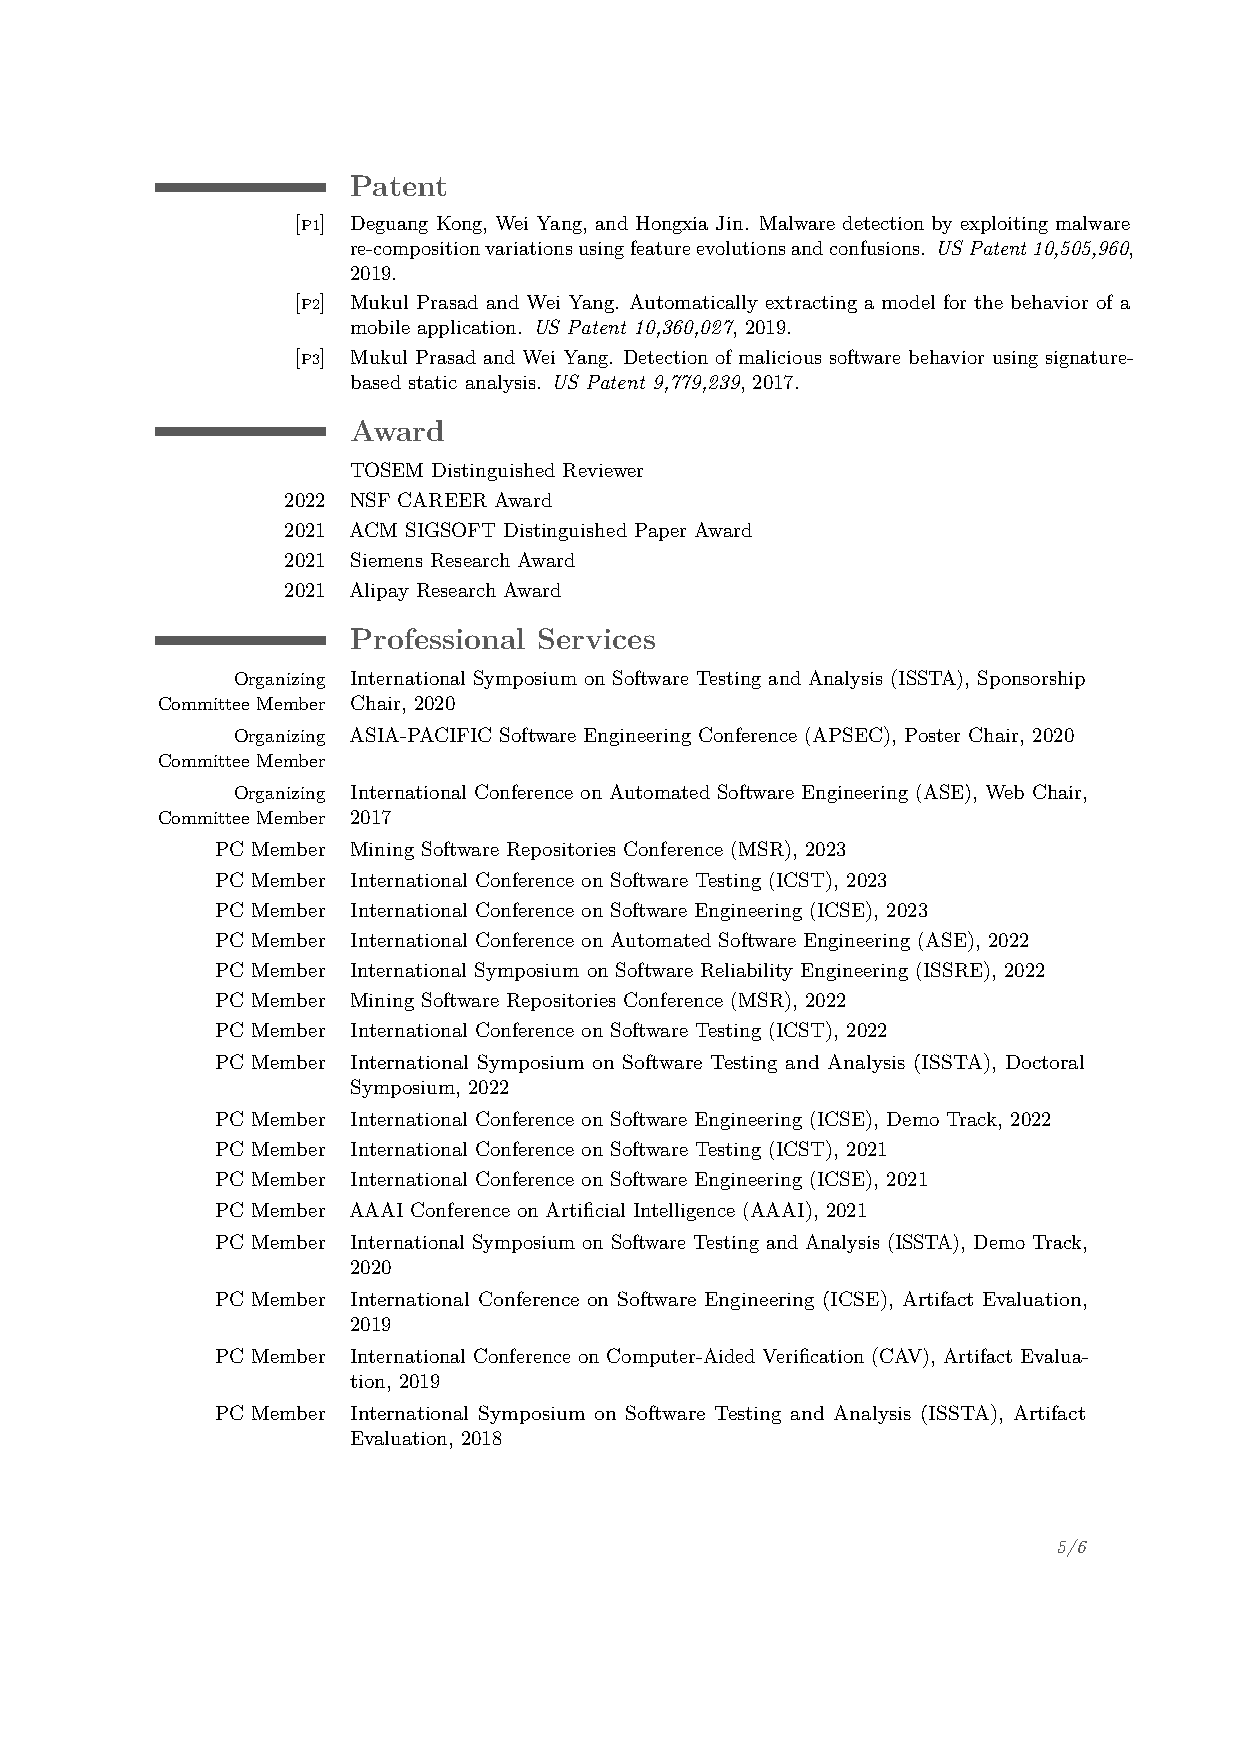
Patent
 [P1] Deguang Kong, Wei Yang, and Hongxia Jin. Malware detection by exploiting malware
 re-compositionvariationsusingfeatureevolutionsandconfusions. USPatent10,505,960,
 2019.
 [P2] Mukul Prasad and Wei Yang. Automatically extracting a model for the behavior of a
 mobile application. US Patent 10,360,027, 2019.
 [P3] Mukul Prasad and Wei Yang. Detection of malicious software behavior using signature-
 based static analysis. US Patent 9,779,239, 2017.
 Award
 TOSEM Distinguished Reviewer
 2022 NSF CAREER Award
 2021 ACM SIGSOFT Distinguished Paper Award
 2021 Siemens Research Award
 2021 Alipay Research Award
 Professional Services
 Organizing International Symposium on Software Testing and Analysis (ISSTA), Sponsorship
 Committee Member Chair, 2020
 Organizing ASIA-PACIFIC Software Engineering Conference (APSEC), Poster Chair, 2020
 Committee Member
 Organizing International Conference on Automated Software Engineering (ASE), Web Chair,
 Committee Member 2017
 PC Member Mining Software Repositories Conference (MSR), 2023
 PC Member International Conference on Software Testing (ICST), 2023
 PC Member International Conference on Software Engineering (ICSE), 2023
 PC Member International Conference on Automated Software Engineering (ASE), 2022
 PC Member International Symposium on Software Reliability Engineering (ISSRE), 2022
 PC Member Mining Software Repositories Conference (MSR), 2022
 PC Member International Conference on Software Testing (ICST), 2022
 PC Member International Symposium on Software Testing and Analysis (ISSTA), Doctoral
 Symposium, 2022
 PC Member International Conference on Software Engineering (ICSE), Demo Track, 2022
 PC Member International Conference on Software Testing (ICST), 2021
 PC Member International Conference on Software Engineering (ICSE), 2021
 PC Member AAAI Conference on Artificial Intelligence (AAAI), 2021
 PC Member International Symposium on Software Testing and Analysis (ISSTA), Demo Track,
 2020
 PC Member International Conference on Software Engineering (ICSE), Artifact Evaluation,
 2019
 PC Member International Conference on Computer-Aided Verification (CAV), Artifact Evalua-
 tion, 2019
 PC Member International Symposium on Software Testing and Analysis (ISSTA), Artifact
 Evaluation, 2018
 5/6